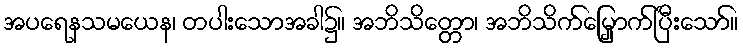
အပရေနသမယေန၊ တပါးသောအခါ၌။ အဘိသိတ္တော၊ အဘိသိက်မြှောက်ပြီးသော်။